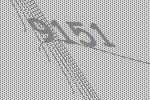
9151